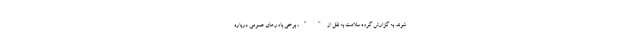
شوند. به گزارش گروه سلامت به نقل از " "، برخی باورهای عمومی درباره